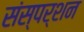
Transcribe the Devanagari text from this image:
संस्पर्शन